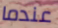
عندما